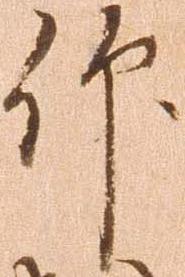
仰